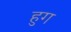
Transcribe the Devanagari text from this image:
हुग